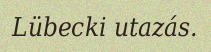
Lübecki utazás.